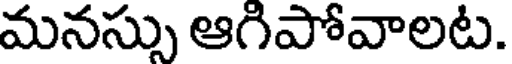
మనస్సు ఆగిపోవాలట.